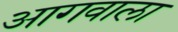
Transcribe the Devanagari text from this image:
आगवाला